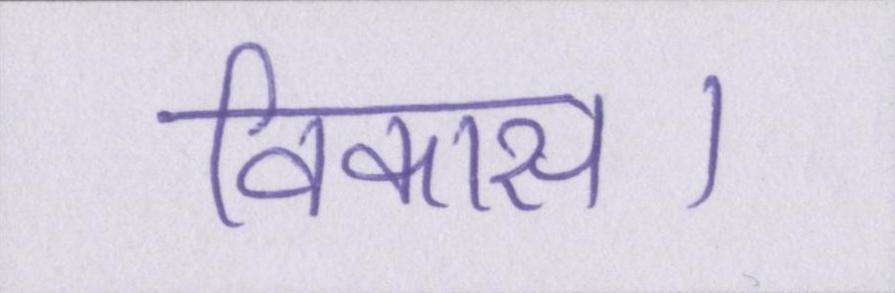
विकास।